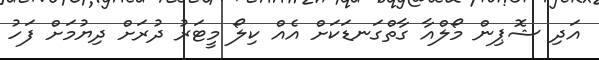
އަދި ޝޮޕިން މޯލްއާ ގާތްގަނޑަކަށް އެއް ކިލޯ މީޓަރު ދުރަށް ދިޔުމަށް ފަހު